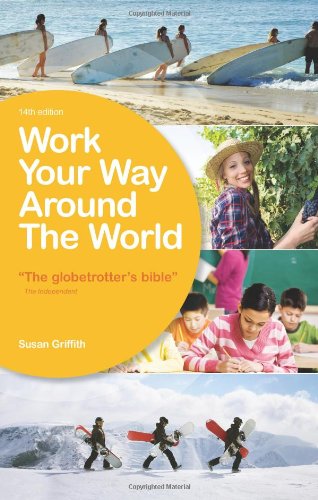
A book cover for Work Your Way Around the World: A Fresh and Fully Up-to-Date Guide for the Modern Working Traveller; Susan Griffith; Travel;